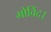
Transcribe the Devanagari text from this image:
गोविंद।